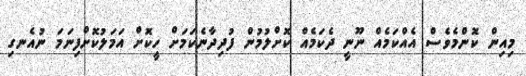
މިއިން ކޮންމެވެސް އެއްކަމެއް ނޫނީ ދެކަމެއް ކޮށްލުމުން ފުދިދާނެކަމަށް ހީކޮށް އަމަލުކޮށްފިނަމަ ނުއެނގި